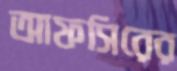
আফসিরের